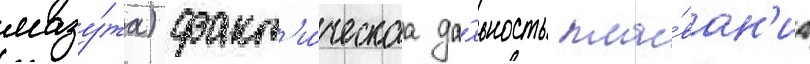
мазу́та) факт'и́ческаа да́льность пла́ван'иа